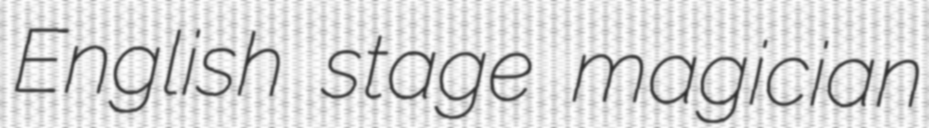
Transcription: English stage magician